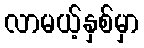
လာမယ့်နှစ်မှာ